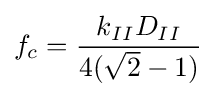
f_{c}={\frac {k_{II}D_{II}}{4({\sqrt {2}}-1)}}